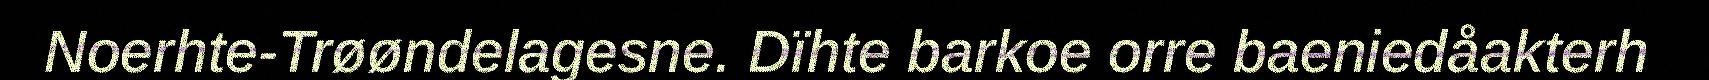
Noerhte-Trøøndelagesne. Dïhte barkoe orre baeniedåakterh